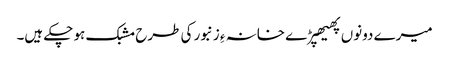
میرے دونوں پھیھپڑے خانہ ءِ زنبور کی طرح مشبک ہو چکے ہیں۔